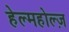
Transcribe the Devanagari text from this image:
हेल्महोल्ज़